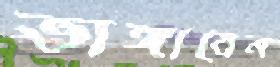
ভাঙ্গাবেন